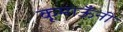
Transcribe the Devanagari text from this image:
कूमाऊँनी